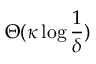
\Theta ( \kappa \log { \frac { 1 } { \delta } } )